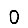
Digit: 0